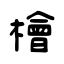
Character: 檜